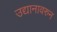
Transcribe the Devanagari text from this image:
उद्यानावरुन